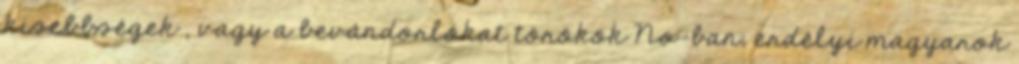
kisebbségek , vagy a bevándorlókat törökök No-ban, erdélyi magyarok